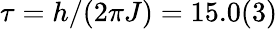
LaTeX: \tau=h/(2\pi J)=15.0(3)